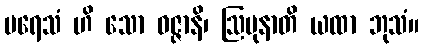
ပရေသံ ဟိ သော ဝဇ္ဇာနိ၊ ဩပုနာတိ ယထာ ဘုသံ။